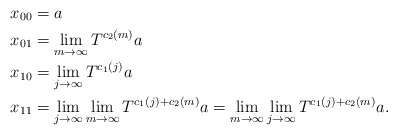
\begin{align*}x_{00}&= a\\x_{01}&= \lim_{m\to\infty}T^{c_2(m)}a\\x_{10}&=\lim_{j\to\infty}T^{c_1(j)}a\\x_{11}&= \lim_{j\to\infty}\lim_{m\to\infty}T^{c_1(j)+c_2(m)}a=\lim_{m\to\infty}\lim_{j\to\infty}T^{c_1(j)+c_2(m)}a.\end{align*}